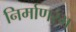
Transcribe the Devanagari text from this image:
निर्माणरंभ